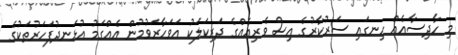
މި ހާދިސާއެއް ހިނގައި ސަރުކާރުގެ އިސް ވެރިއެއްގެ ދަރިކަލަކު އަވަހާރަވުމުން އެއްގަމު އުޅަނދުފަހަރުތަކުގެ